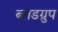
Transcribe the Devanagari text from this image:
ब्लडग्रुप